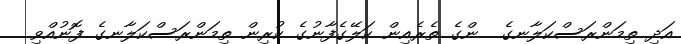
އަދި ތިމަންރަސްކަލާނގެ  ންގެ ތެރެއިން ކަލޭގެފާނުގެ ކުރިން ތިމަންރަސްކަލާނގެ ފޮނުއްވި